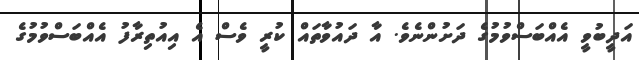
އަދީބުވީ އެއްބަސްވުމުގެ ދަށުންނެވެ. އާ ދައުވާތައް ކުރީ ވެސް އެ އިއުތިރާފު އެއްބަސްވުމުގެ